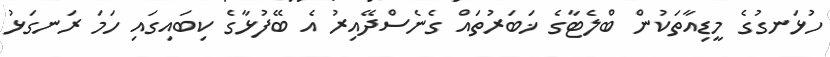
ހުޅަނގުގެ މީޑިއާތަކުން ބްލެޓާގެ ޚަބަރުތައް ގެނެސްދޭއިރު އެ ބޭފުޅާގެ ކިބައިގައި ހަމަ ރަނގަޅު